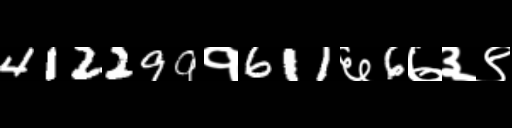
Text: 412299१611६6७३९